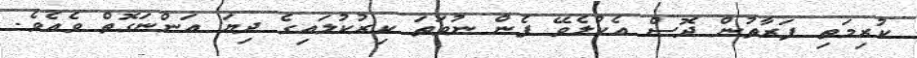
ކުރިމަތި ފަރާތުން ދޮސް އެކުލެވޭ ފެން ނުވަތަ ކިރުކުލައިގެ ދިޔަ އަންނަގޮތް ވެއެވެ.